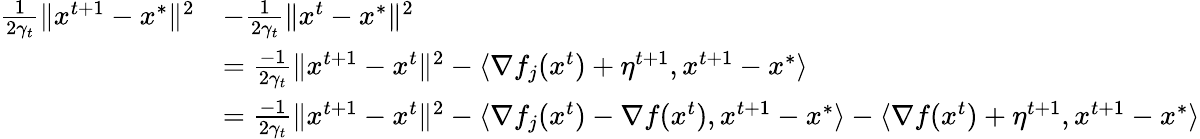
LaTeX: \begin{array}{rl}{\frac{1}{2\gamma_{t}}\Vert x^{t+1}-x^{*}\Vert^{2}}&{-\frac{1}{2\gamma_{t}}\Vert x^{t}-x^{*}\Vert^{2}}\\ &{=\frac{-1}{2\gamma_{t}}\Vert x^{t+1}-x^{t}\Vert^{2}-\langle\nabla f_{j}(x^{t})+\eta^{t+1},x^{t+1}-x^{*}\rangle}\\ &{=\frac{-1}{2\gamma_{t}}\Vert x^{t+1}-x^{t}\Vert^{2}-\langle\nabla f_{j}(x^{t})-\nabla f(x^{t}),x^{t+1}-x^{*}\rangle-\langle\nabla f(x^{t})+\eta^{t+1},x^{t+1}-x^{*}\rangle}\end{array}